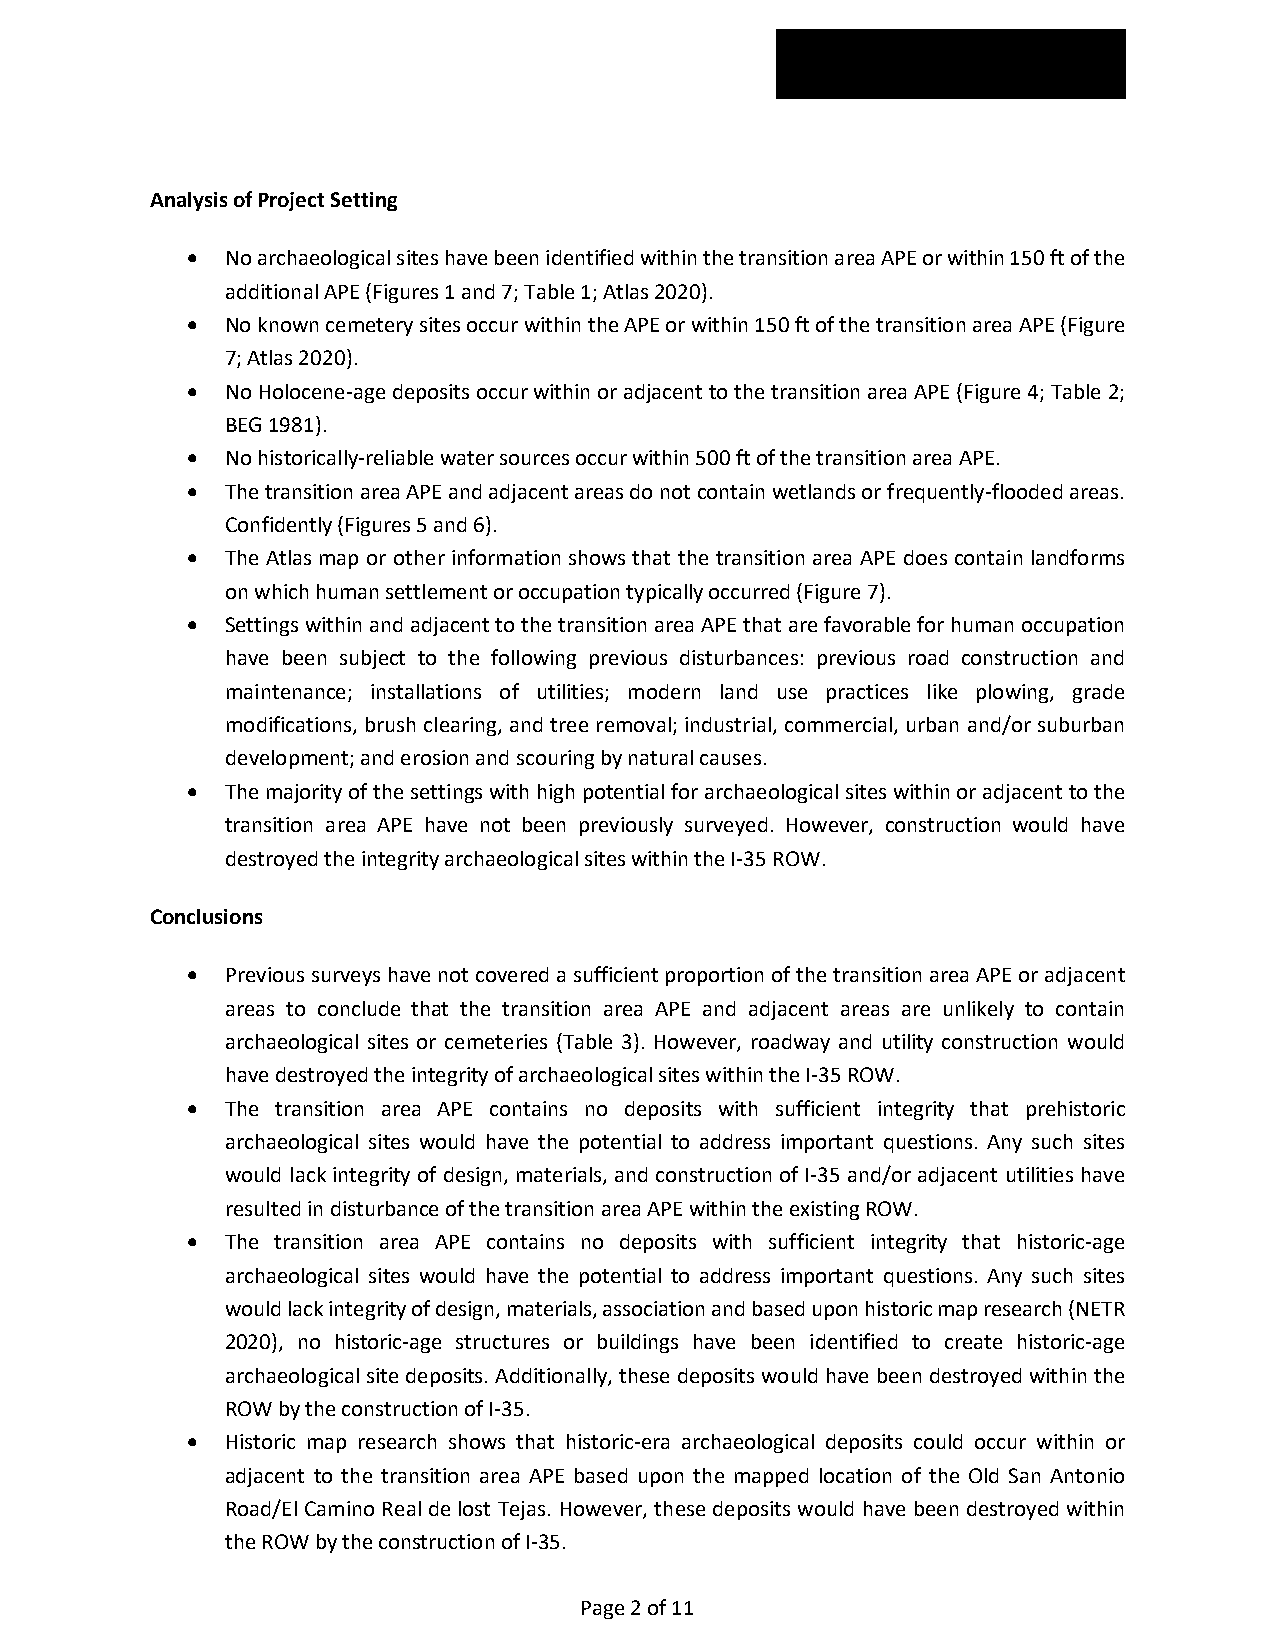
Analysis of Project Setting
   No archaeological sites have been identified within the transition area APE or within 150 ft of the
 additional APE (Figures 1 and 7; Table 1; Atlas 2020).
   No known cemetery sites occur within the APE or within 150 ft of the transition area APE (Figure
 7; Atlas 2020).
   No Holocene-age deposits occur within or adjacent to the transition area APE (Figure 4; Table 2;
 BEG 1981).
   No historically-reliable water sources occur within 500 ft of the transition area APE.
   The transition area APE and adjacent areas do not contain wetlands or frequently-flooded areas.
 Confidently (Figures 5 and 6).
   The Atlas map or other information shows that the transition area APE does contain landforms
 on which human settlement or occupation typically occurred (Figure 7).
   Settings within and adjacent to the transition area APE that are favorable for human occupation
 have been subject to the following previous disturbances: previous road construction and
 maintenance; installations of utilities; modern land use practices like plowing, grade
 modifications, brush clearing, and tree removal; industrial, commercial, urban and/or suburban
 development; and erosion and scouring by natural causes.
   The majority of the settings with high potential for archaeological sites within or adjacent to the
 transition area APE have not been previously surveyed. However, construction would have
 destroyed the integrity archaeological sites within the I-35 ROW.
 Conclusions
   Previous surveys have not covered a sufficient proportion of the transition area APE or adjacent
 areas to conclude that the transition area APE and adjacent areas are unlikely to contain
 archaeological sites or cemeteries (Table 3). However, roadway and utility construction would
 have destroyed the integrity of archaeological sites within the I-35 ROW.
   The transition area APE contains no deposits with sufficient integrity that prehistoric
 archaeological sites would have the potential to address important questions. Any such sites
 would lack integrity of design, materials, and construction of I-35 and/or adjacent utilities have
 resulted in disturbance of the transition area APE within the existing ROW.
   The transition area APE contains no deposits with sufficient integrity that historic-age
 archaeological sites would have the potential to address important questions. Any such sites
 would lack integrity of design, materials, association and based upon historic map research (NETR
 2020), no historic-age structures or buildings have been identified to create historic-age
 archaeological site deposits. Additionally, these deposits would have been destroyed within the
 ROW by the construction of I-35.
   Historic map research shows that historic-era archaeological deposits could occur within or
 adjacent to the transition area APE based upon the mapped location of the Old San Antonio
 Road/El Camino Real de lost Tejas. However, these deposits would have been destroyed within
 the ROW by the construction of I-35.
 Page 2 of 11